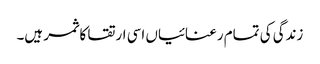
زندگی کی تمام رعنائیاں اسی ارتقا کا ثمر ہیں۔